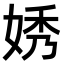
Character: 㛢